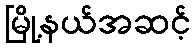
မြို့နယ်အဆင့်